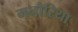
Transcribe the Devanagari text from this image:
मनौरिया